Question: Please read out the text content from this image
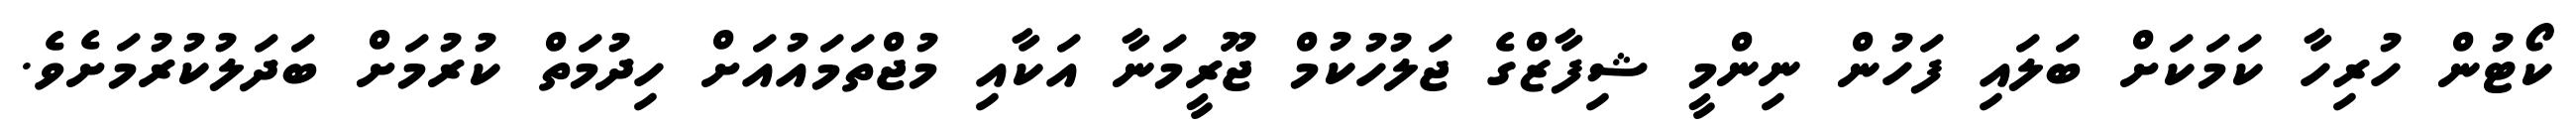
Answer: ކޯޓުން ހުރިހާ ކަމަކަށް ބަލައި ފަހުން ނިންމީ ޝިފާޒްގެ ޖަލުހުކުމް ޖޫރީމަނާ އަކާއި މުޖްތަމައުއަށް ހިދުމަތް ކުރުމަށް ބަދަލުކުރުމަށެވެ.